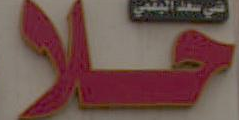
تلا